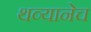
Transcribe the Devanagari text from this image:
थव्यानेच